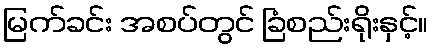
မြက်ခင်း အစပ်တွင် ခြံစည်းရိုးနှင့်။